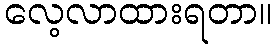
လေ့လာထားရတာ။